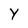
Character: Y